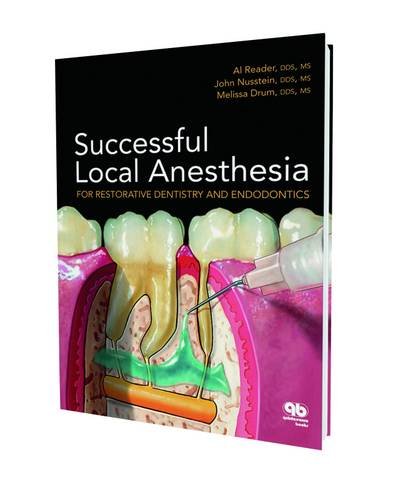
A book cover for Successful Local Anesthesia for Restorative Dentistry and Endodontics; Al Reader; Medical Books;